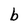
Character: b